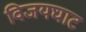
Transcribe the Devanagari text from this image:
विजयघाट